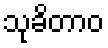
သုခိတာဝ